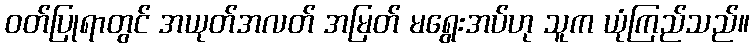
ဝတ်ပြုရာတွင် အယုတ်အလတ် အမြတ် မရွေးအပ်ဟု သူက ယုံကြည်သည်။